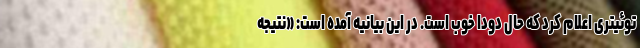
توئیتری اعلام کرد که حال دودا خوب است. در این بیانیه آمده است: «نتیجه